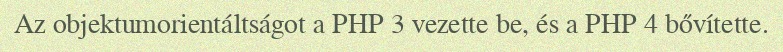
Az objektumorientáltságot a PHP 3 vezette be, és a PHP 4 bővítette.